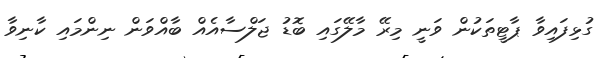
ގުޅިފައިވާ ޕާޓީތަކުން ވަނީ މިރޭ މާލޭގައި ބޮޑު ޖަލްސާއެއް ބާއްވަން ނިންމައި ކާނިވާ